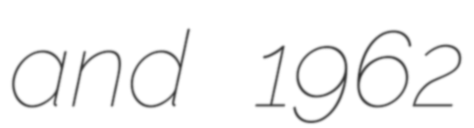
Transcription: and 1962